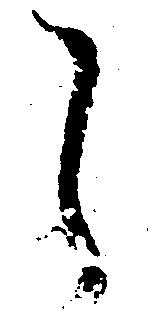
し